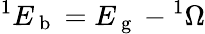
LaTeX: ^1E_{\mathrm{~b~}}=E_{\mathrm{~g~}}-{}^{1}\Omega